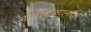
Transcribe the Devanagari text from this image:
नोनाकोसानॉल